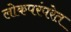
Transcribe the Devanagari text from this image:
लोकपरंपरेत